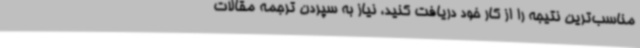
مناسب‌ترین نتیجه را از کار خود دریافت کنید، نیاز به سپردن ترجمه مقالات